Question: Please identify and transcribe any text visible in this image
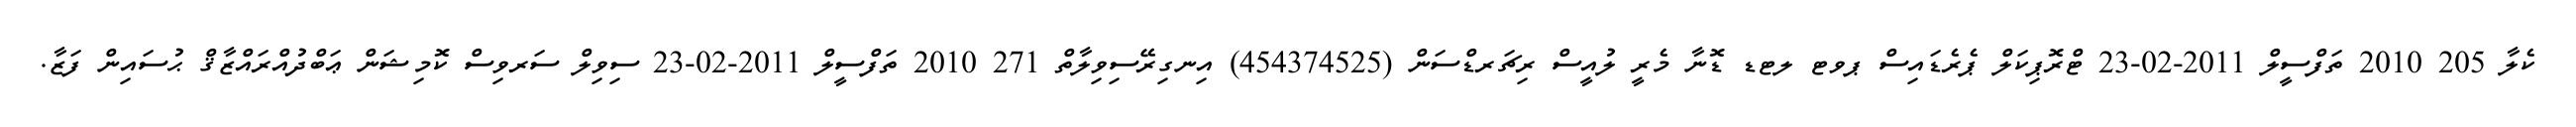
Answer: ކެލާ 205 2010 ތަފްސީލް 2011-02-23 ޓްރޮޕިކަލް ޕެރެޑައިސް ޕވޓ ލޓޑ ޑޮނާ މެރީ ލުއީސް ރިޗަރޑްސަން (454374525) އިނގިރޭސިވިލާތް 271 2010 ތަފްސީލް 2011-02-23 ސިވިލް ސަރވިސް ކޮމިޝަން ޢަބްދުއްރައްޒާޤް ޙުސައިން ފަޒާ.